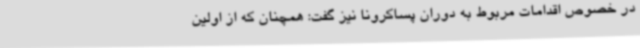
در خصوص اقدامات مربوط به دوران پساکرونا نیز گفت: همچنان که از اولین